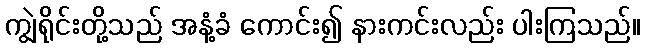
ကျွဲရိုင်းတို့သည် အနံ့ခံ ကောင်း၍ နားကင်းလည်း ပါးကြသည်။